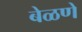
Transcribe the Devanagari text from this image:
बेळणे